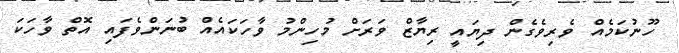
ހޫނުކަމެއް ވެރިވެގެން ދިޔައީ ރިޔާޒް ވަރަށް މުހިންމު ވާހަކައެއް ބުނަންވެފައި އޮތް ވާހަކަ